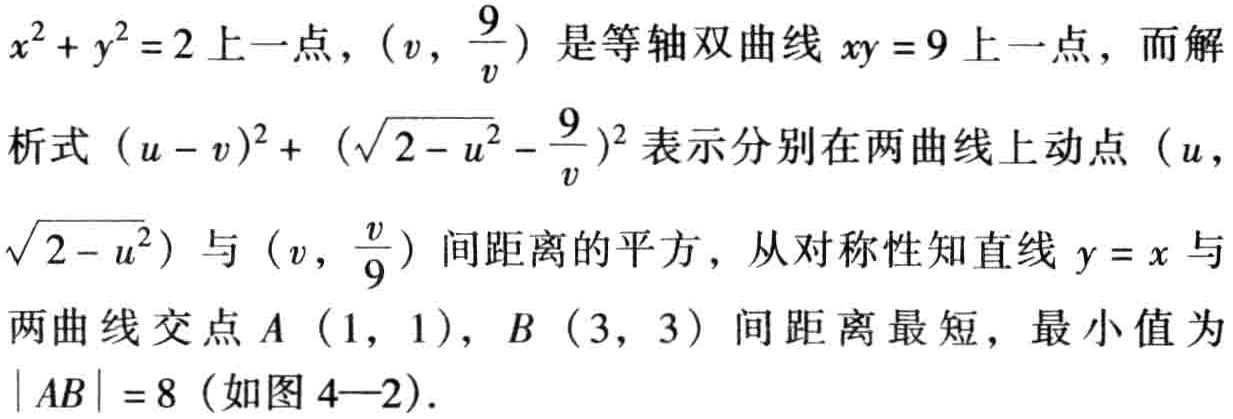
\(x^{2}+y^{2}=2\)上一点，\((v,\frac{9}{v})\)是等轴双曲线\(xy = 9\)上一点，而解析式\((u - v)^{2}+(\sqrt{2 - u^{2}}-\frac{9}{v})^{2}\)表示分别在两曲线上动点\((u,\sqrt{2 - u^{2}})\)与\((v,\frac{v}{9})\)间距离的平方，从对称性知直线\(y = x\)与两曲线交点\(A(1,1)\)，\(B(3,3)\)间距离最短，最小值为\(\vert AB\vert = 8\)（如图4—2）.